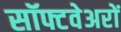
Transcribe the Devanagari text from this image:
सॉफ्टवेअरों